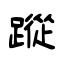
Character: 蹤